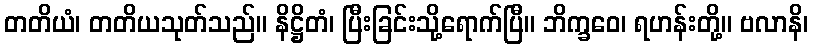
တတိယံ၊ တတိယသုတ်သည်။ နိဋ္ဌိတံ၊ ပြီးခြင်းသို့ရောက်ပြီ။ ဘိက္ခဝေ၊ ရဟန်းတို့။ ဗလာနိ၊